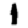
Digit: 1